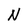
Character: N